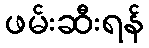
ဖမ်းဆီးရန်